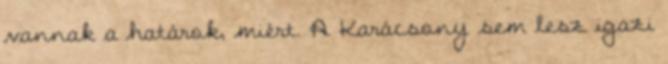
vannak a határok, miért. A Karácsony sem lesz igazi